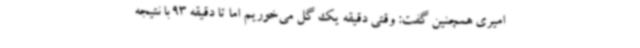
امیری همچنین گفت: وقتی دقیقه یک گل می‌خوریم اما تا دقیقه 93 با نتیجه